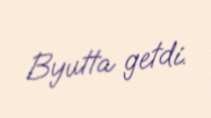
Byutta getdi.